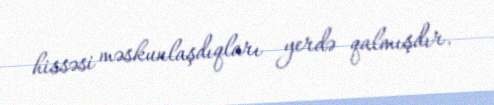
hissəsi məskunlaşdıqları yerdə qalmışdır.